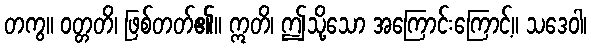
တကွ။ ဝတ္တတိ၊ ဖြစ်တတ်၏။ ဣတိ၊ ဤသို့သော အကြောင်းကြောင့်။ သဒေဝါ၊